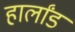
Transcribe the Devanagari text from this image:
हार्लांड